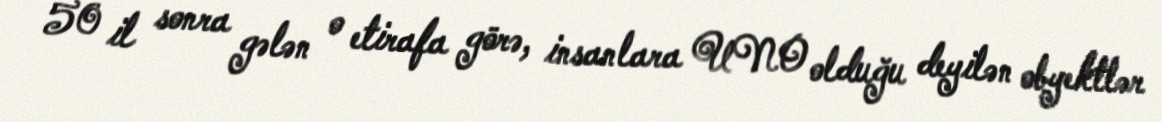
50 il sonra gələn o etirafa görə, insanlara UNO olduğu deyilən obyektlər